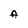
Character: A